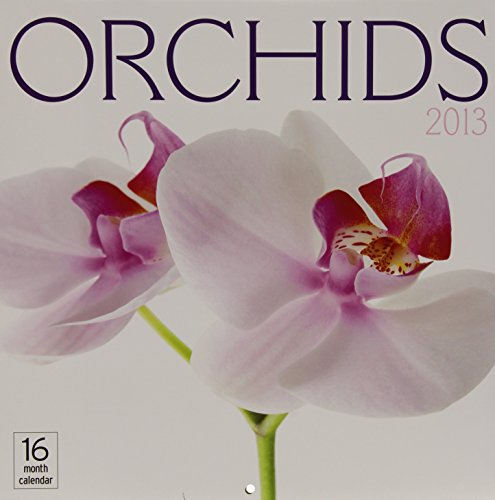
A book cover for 2013 Orchids; Moseley Road Inc.; Calendars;